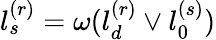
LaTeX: l_{s}^{(r)}=\omega(l_{d}^{(r)}\vee l_{0}^{(s)})